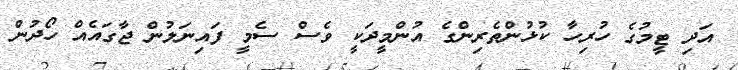
އަދި ޓީމުގެ ހުރިހާ ކުޅުންތެރިންގެ އުންމީދަކީ ވެސް ސެމީ ފައިނަލުން ޖާގައެއް ހޯދުން